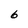
Character: 6